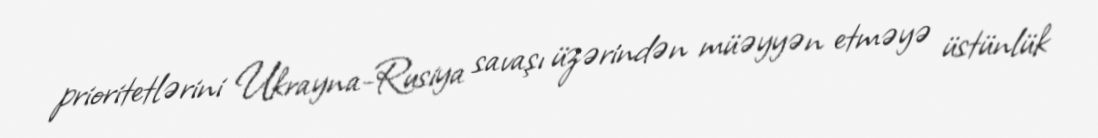
prioritetlərini Ukrayna-Rusiya savaşı üzərindən müəyyən etməyə üstünlük